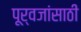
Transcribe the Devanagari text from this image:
पूर्वजांसाठी